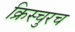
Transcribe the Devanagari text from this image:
क्रिस्चुरच